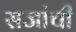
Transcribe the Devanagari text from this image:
सजांची